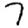
Digit: 7